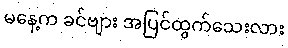
မနေ့က ခင်ဗျား အပြင်ထွက်သေးလား